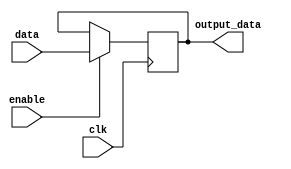
module data_enable_latch (
    input data,
    input enable,
    input clk,
    output reg output_data
);

always @(posedge clk) begin
    if (enable) begin
        output_data <= data;
    end
end

endmodule